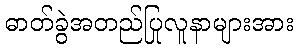
ဓာတ်ခွဲအတည်ပြုလူနာများအား